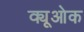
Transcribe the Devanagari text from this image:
क्यूओक